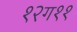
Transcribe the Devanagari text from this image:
१२ग११